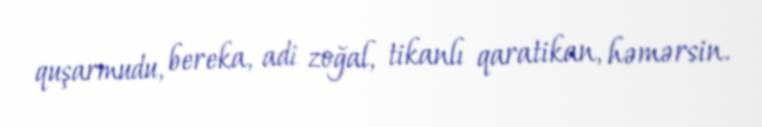
quşarmudu, bereka, adi zoğal, tikanlı qaratikan, həmərsin.